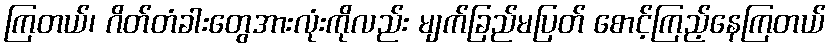
ကြတယ်၊ ဂိတ်တံခါးတွေအားလုံးကိုလည်း မျက်ခြည်မပြတ် စောင့်ကြည့်နေကြတယ်